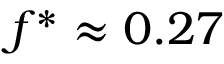
f ^ { \ast } \approx 0 . 2 7